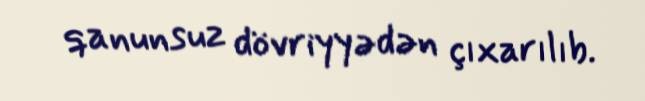
qanunsuz dövriyyədən çıxarılıb.